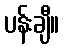
ပန်းချီ။